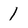
Character: 1